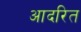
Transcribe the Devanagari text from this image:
आदरित